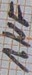
Text: 1µF